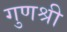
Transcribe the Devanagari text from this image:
गुणश्री